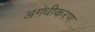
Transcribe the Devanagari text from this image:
अगंधीकरण